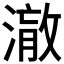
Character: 𭲋